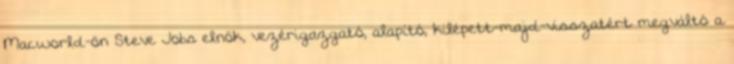
Macworld-ön Steve Jobs elnök, vezérigazgató, alapító, kilépett-majd-visszatért megváltó a